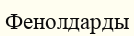
Фенолдарды